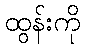
ထွန်းကို